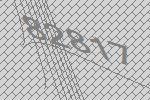
82817